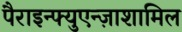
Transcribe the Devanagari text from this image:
पैराइन्फ्युएन्ज़ाशामिल